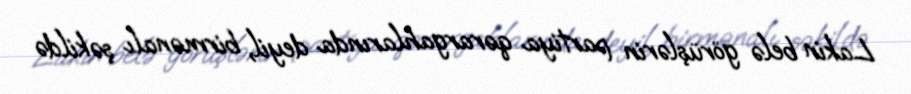
Lakin belə görüşlərin partiya qərargahlarında deyil, birmənalı şəkildə